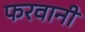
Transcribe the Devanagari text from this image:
फरवानी